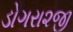
ડોગરા૨જી